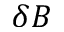
\delta B